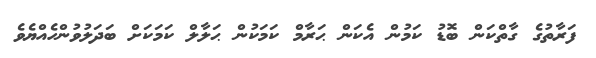
ފަރާތުގެ ގާތްކަން ބޮޑު ކަމުން އެކަން ޙަރާމް ކަމަކުން ޙަލާލް ކަމަކަށް ބަދަލުވުންހެއްޔެވެ